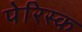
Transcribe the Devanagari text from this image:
पेरिस्क